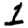
Digit: 1